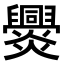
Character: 𤓕